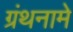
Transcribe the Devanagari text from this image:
ग्रंथनामे